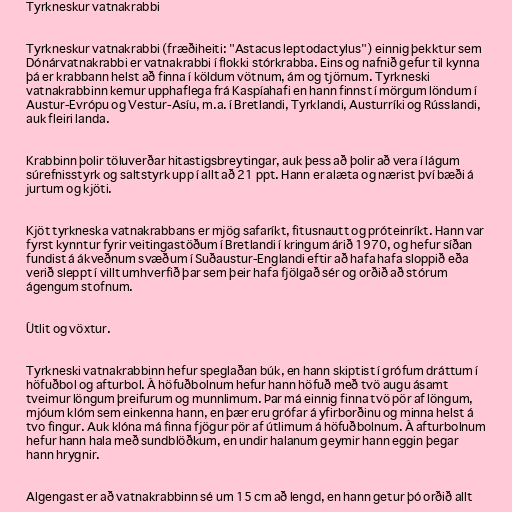
Tyrkneskur vatnakrabbi

Tyrkneskur vatnakrabbi (fræðiheiti: "Astacus leptodactylus") einnig þekktur sem
Dónárvatnakrabbi er vatnakrabbi í flokki stórkrabba. Eins og nafnið gefur til kynna
þá er krabbann helst að finna í köldum vötnum, ám og tjörnum. Tyrkneski
vatnakrabbinn kemur upphaflega frá Kaspíahafi en hann finnst í mörgum löndum í
Austur-Evrópu og Vestur-Asíu, m.a. í Bretlandi, Tyrklandi, Austurríki og Rússlandi,
auk fleiri landa.

Krabbinn þolir töluverðar hitastigsbreytingar, auk þess að þolir að vera í lágum
súrefnisstyrk og saltstyrk upp í allt að 21 ppt. Hann er alæta og nærist því bæði á
jurtum og kjöti.

Kjöt tyrkneska vatnakrabbans er mjög safaríkt, fitusnautt og próteinríkt. Hann var
fyrst kynntur fyrir veitingastöðum í Bretlandi í kringum árið 1970, og hefur síðan
fundist á ákveðnum svæðum í Suðaustur-Englandi eftir að hafa hafa sloppið eða
verið sleppt í villt umhverfið þar sem þeir hafa fjölgað sér og orðið að stórum
ágengum stofnum.

Útlit og vöxtur.

Tyrkneski vatnakrabbinn hefur speglaðan búk, en hann skiptist í grófum dráttum í
höfuðbol og afturbol. Á höfuðbolnum hefur hann höfuð með tvö augu ásamt
tveimur löngum þreifurum og munnlimum. Þar má einnig finna tvö pör af löngum,
mjóum klóm sem einkenna hann, en þær eru grófar á yfirborðinu og minna helst á
tvo fingur. Auk klóna má finna fjögur pör af útlimum á höfuðbolnum. Á afturbolnum
hefur hann hala með sundblöðkum, en undir halanum geymir hann eggin þegar
hann hrygnir.

Algengast er að vatnakrabbinn sé um 15 cm að lengd, en hann getur þó orðið allt